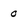
Character: 0